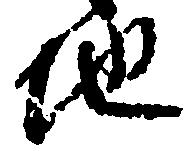
地